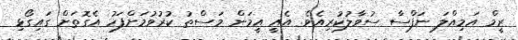
ރީމް އަމިއްލަ ނަފްސާ ސުވާލުކުރިއެވެ. އެއީ އީމަން މަސްތު ކުރުވުމަށްފަހު އެގޮތަށް ގައިގޯޅި